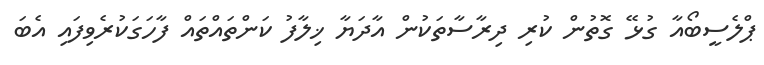
ޕްލެސީބޯއާ ގުޅޭ ގޮތުން ކުރި ދިރާސާތަކުން އާދަޔާ ޚިލާފު ކަންތައްތައް ފާހަގަކުރެވިފައި އެބަ